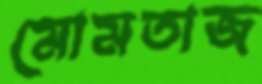
মোমতাজ